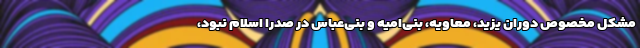
مشکل مخصوص دوران یزید، معاویه، بنی‌امیه و بنی‌عباس در صدرا اسلام نبود،